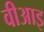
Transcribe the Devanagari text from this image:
वीआइ